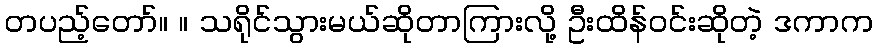
တပည့်တော်။ ။ သရိုင်သွားမယ်ဆိုတာကြားလို့ ဦးထိန်ဝင်းဆိုတဲ့ ဒကာက